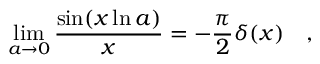
\operatorname * { l i m } _ { a \rightarrow 0 } { \frac { \sin ( x \ln a ) } { x } } = - { \frac { \pi } { 2 } } \delta ( x ) ~ ~ ~ ,